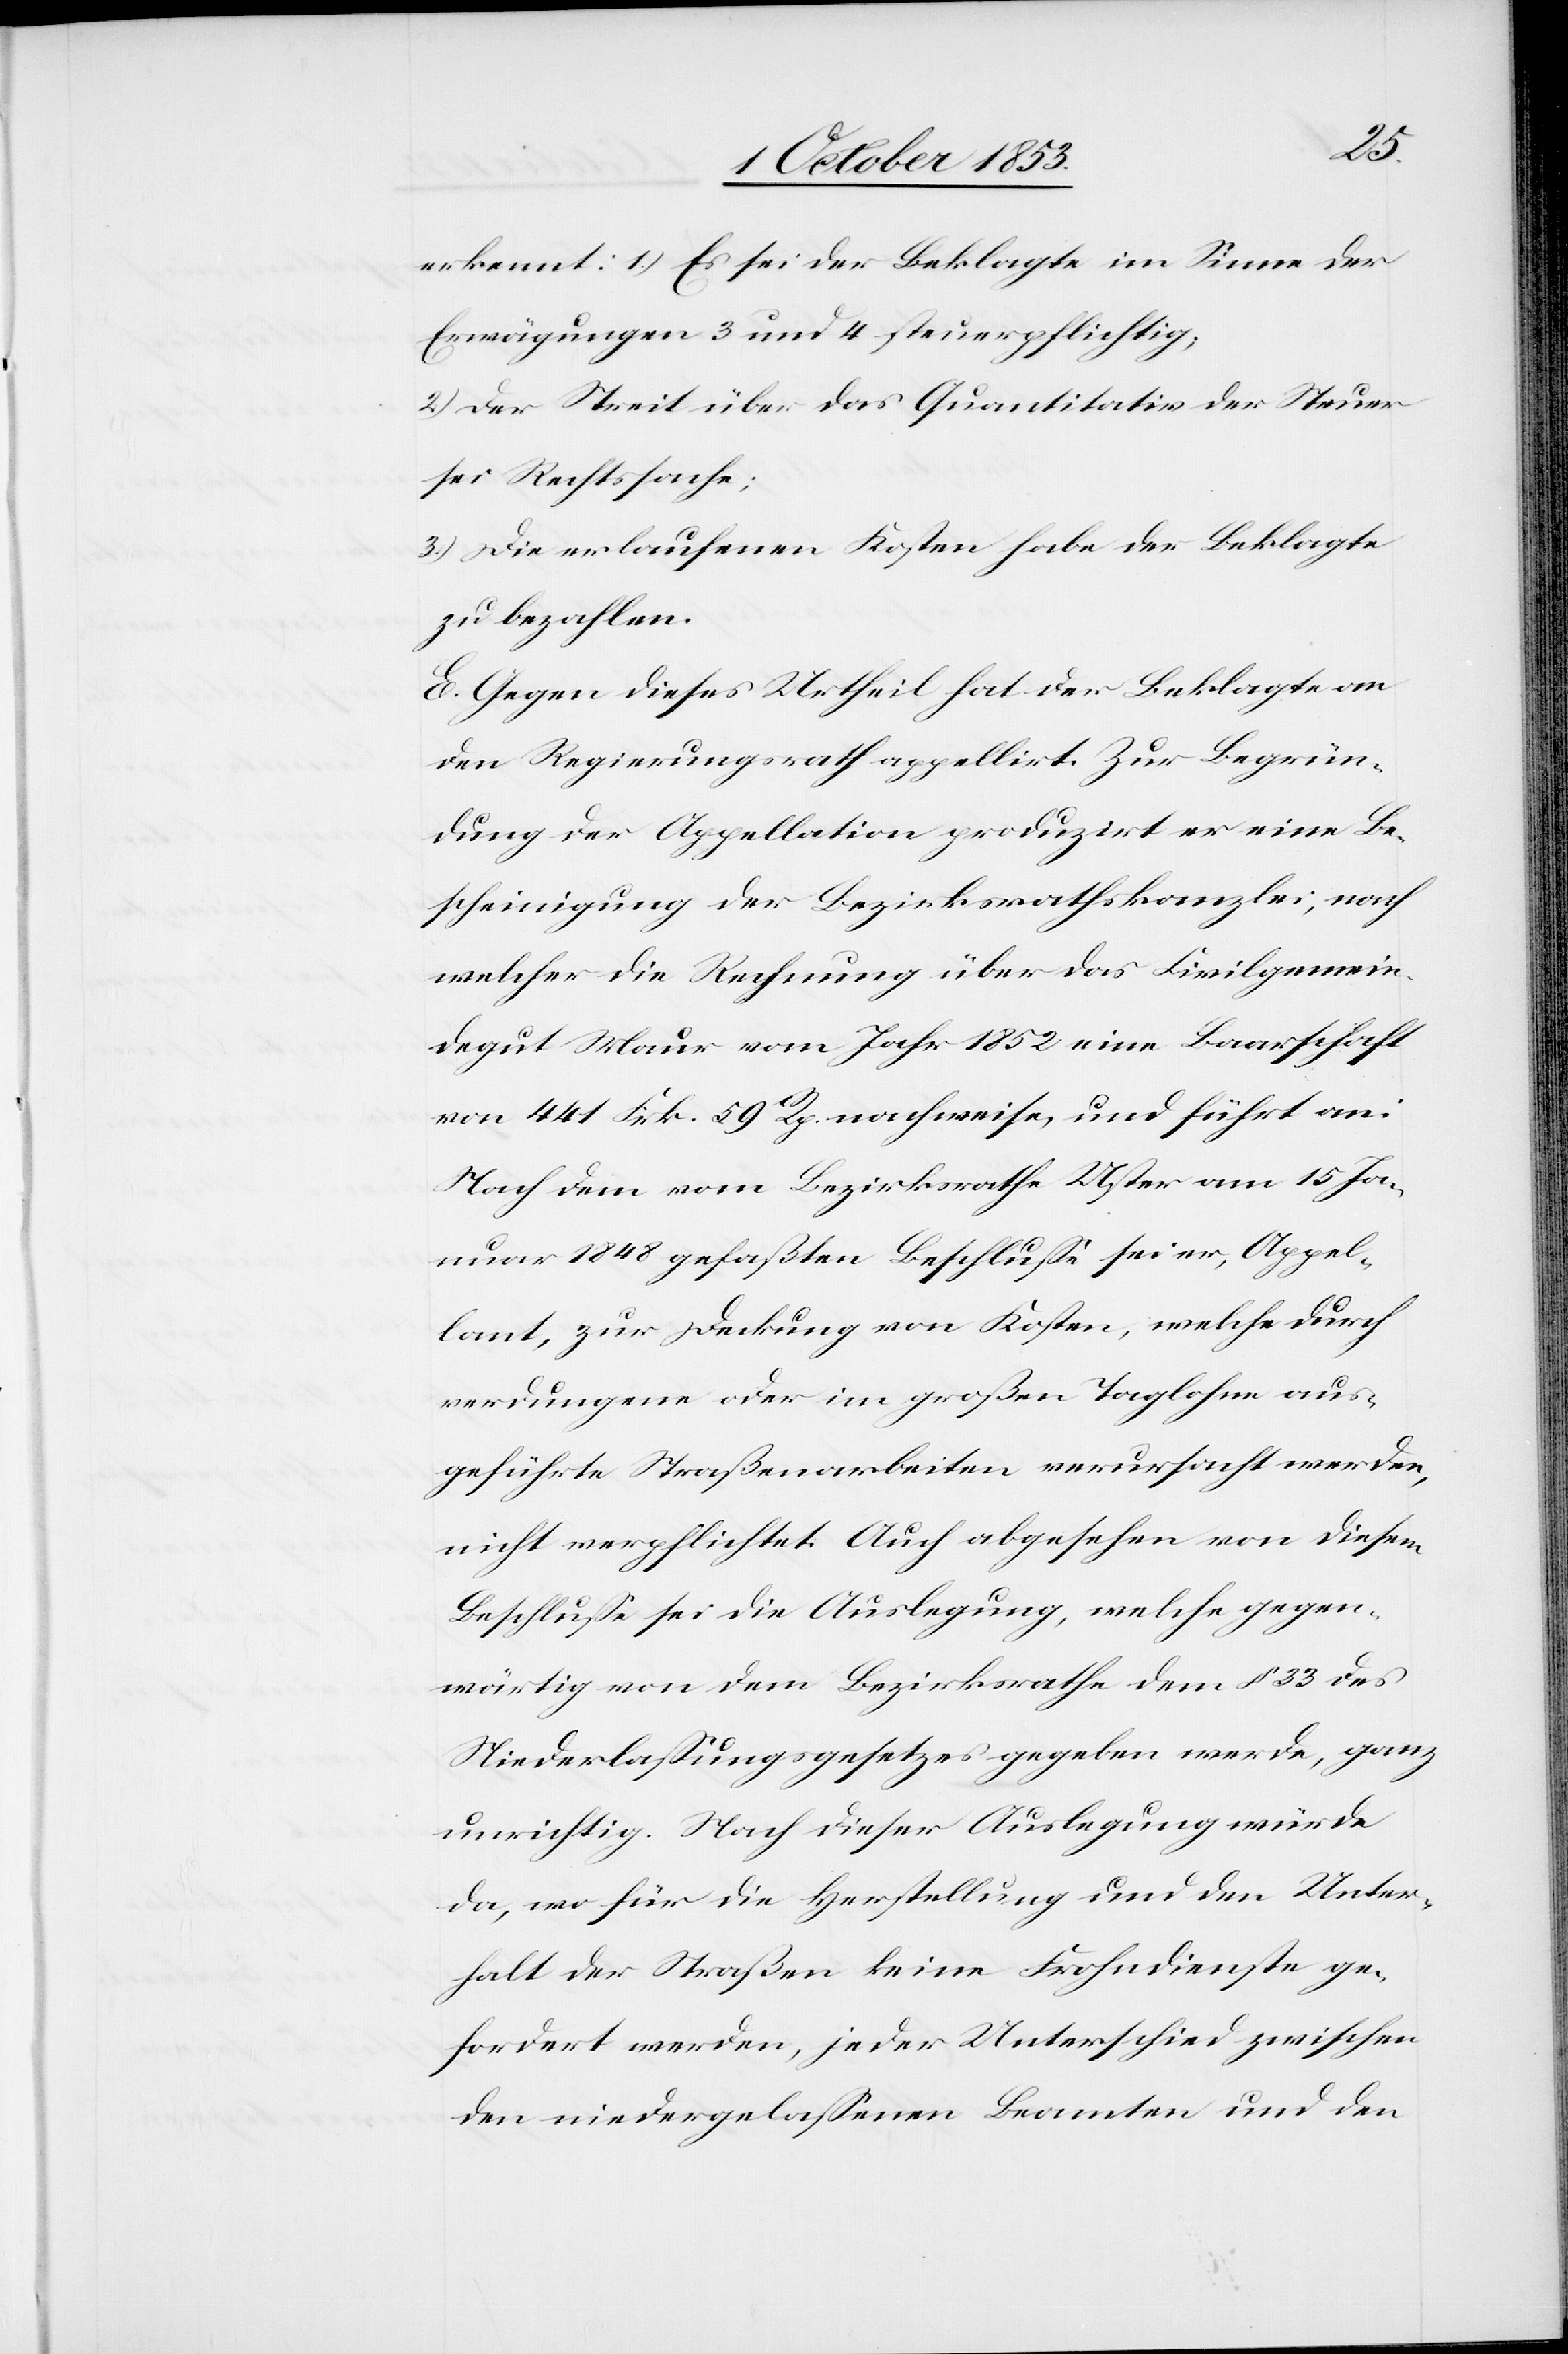
erkennt: 1.) Es sei der Beklagte im Sinne der
Erwägungen 3 und 4 steuerpflichtig;
2) Der Streit über das Quantitativ der Steuer
sei Rechtssache;
3) Die erlaufenen Kosten habe der Beklagte
zu bezahlen.
E. Gegen dieses Urtheil hat der Beklagte an
den Regierungsrath appellirt. Zur Begrün¬
dung der Appellation produzirt er eine Be¬
scheinigung der Bezirksrathskanzlei, nach
welcher die Rechnung über das Civilgemein¬
dgut Maur vom Jahr 1852 eine Baarschaft
von 441 Frk. 59 Rp. nachweise, und führt an:
Nach dem vom Bezirksrathe Uster am 15 Ja¬
nuar 1848 gefaßten Beschluße sei er, Appel¬
lant, zur Deckung von Kosten, welche durch
verdungene oder im großen Taglohne aus¬
geführte Straßenarbeiten verursacht werden,
nicht verpflichtet. Auch abgesehen von diesem
Beschluße sei die Auslegung, welche gegen¬
wärtig von dem Bezirksrathe dem § 33 des
Niederlaßungsgesetzes gegeben werde, ganz
unrichtig. Nach dieser Auslegung würde
da, wo für die Herstellung und den Unter¬
halt der Straßen keine Fuhrdienste ge¬
fordert werden, jeder Unterschied zwischen
den niedergelassenen Beamten und den